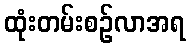
ထုံးတမ်းစဉ်လာအရ